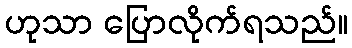
ဟုသာ ပြောလိုက်ရသည်။